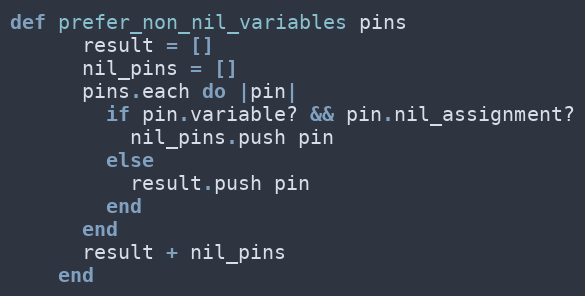
Language: Ruby
def prefer_non_nil_variables pins
      result = []
      nil_pins = []
      pins.each do |pin|
        if pin.variable? && pin.nil_assignment?
          nil_pins.push pin
        else
          result.push pin
        end
      end
      result + nil_pins
    end